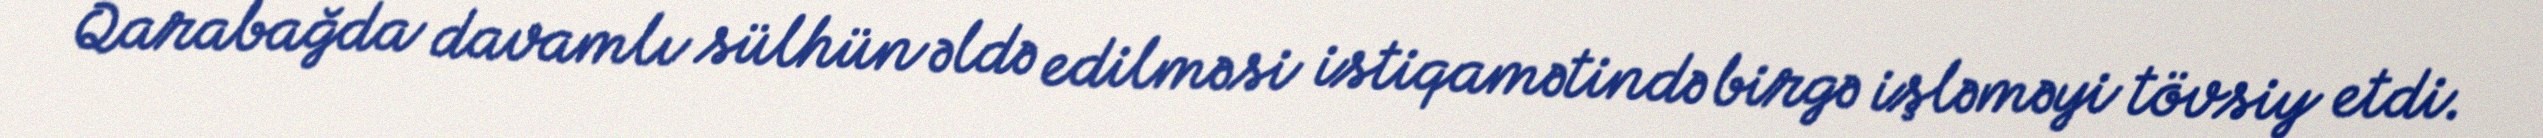
Qarabağda davamlı sülhün əldə edilməsi istiqamətində birgə işləməyi tövsiy etdi.